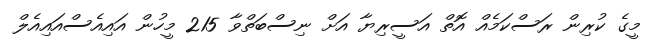
މީގެ ކުރިން ރަސްކަމެއް އޮތް އަސީރިޔާ އަށް ނިސްބަތްވާ 215 މީހުން އައިއެސްއައިއެލް